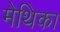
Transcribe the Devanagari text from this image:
मेथिका